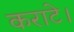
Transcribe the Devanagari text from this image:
कराटे।